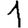
Digit: 1